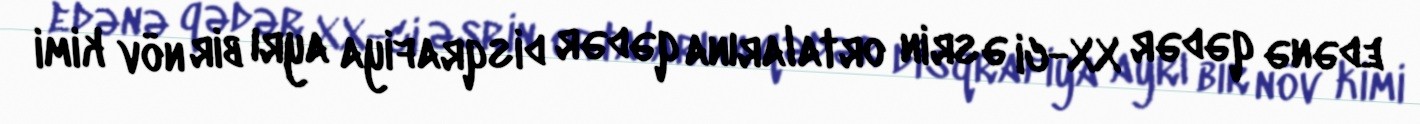
edənə qədər XX-ci əsrin ortalarına qədər disqrafiya ayrı bir növ kimi